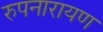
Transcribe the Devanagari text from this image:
रुपनारायण